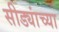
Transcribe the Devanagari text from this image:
सीड्यांच्या